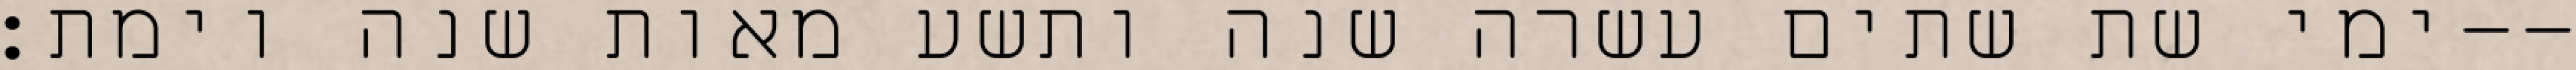
ימי שת שתים עשרה שנה ותשע מאות שנה וימת׃--